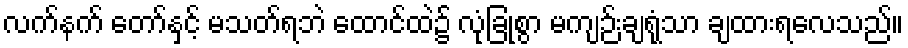
လက်နက် တော်နှင့် မသတ်ရဘဲ ထောင်ထဲ၌ လုံခြုံစွာ မကျဉ်းချရုံသာ ချထားရလေသည်။